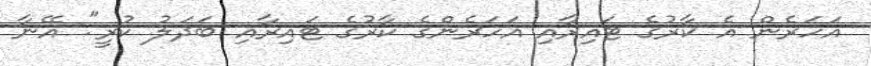
އަހަރެން އެ ކާރުގެ ޓައިރާއި އަހަރެންގެ ކާރުގެ ޓައިރާއި ބަދަލު ކުރީ". އޭނާ